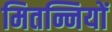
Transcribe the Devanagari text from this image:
मितन्नियों